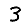
Digit: 3